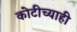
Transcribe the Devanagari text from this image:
कोटीच्याही